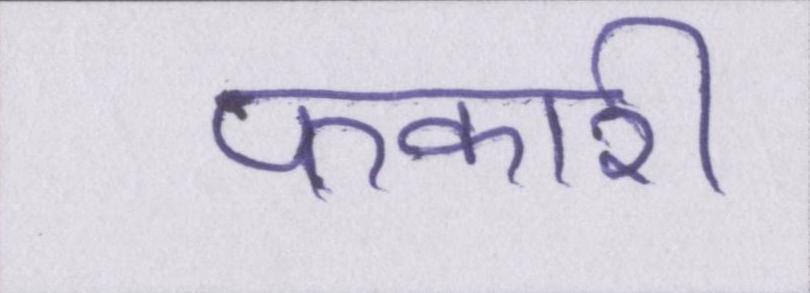
फकीरी